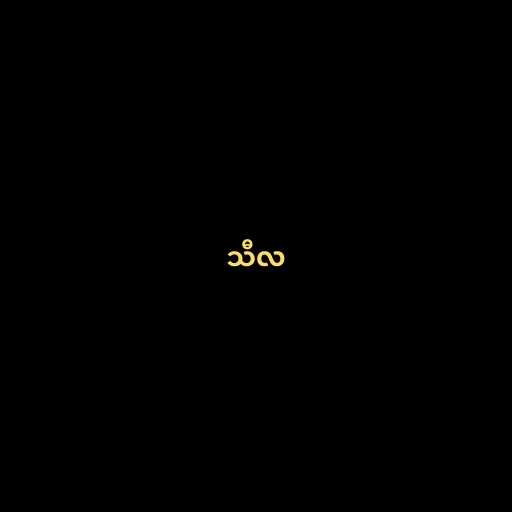
သီလ